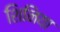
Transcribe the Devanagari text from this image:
शिनिया